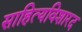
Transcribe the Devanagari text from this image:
साहित्यविशारद